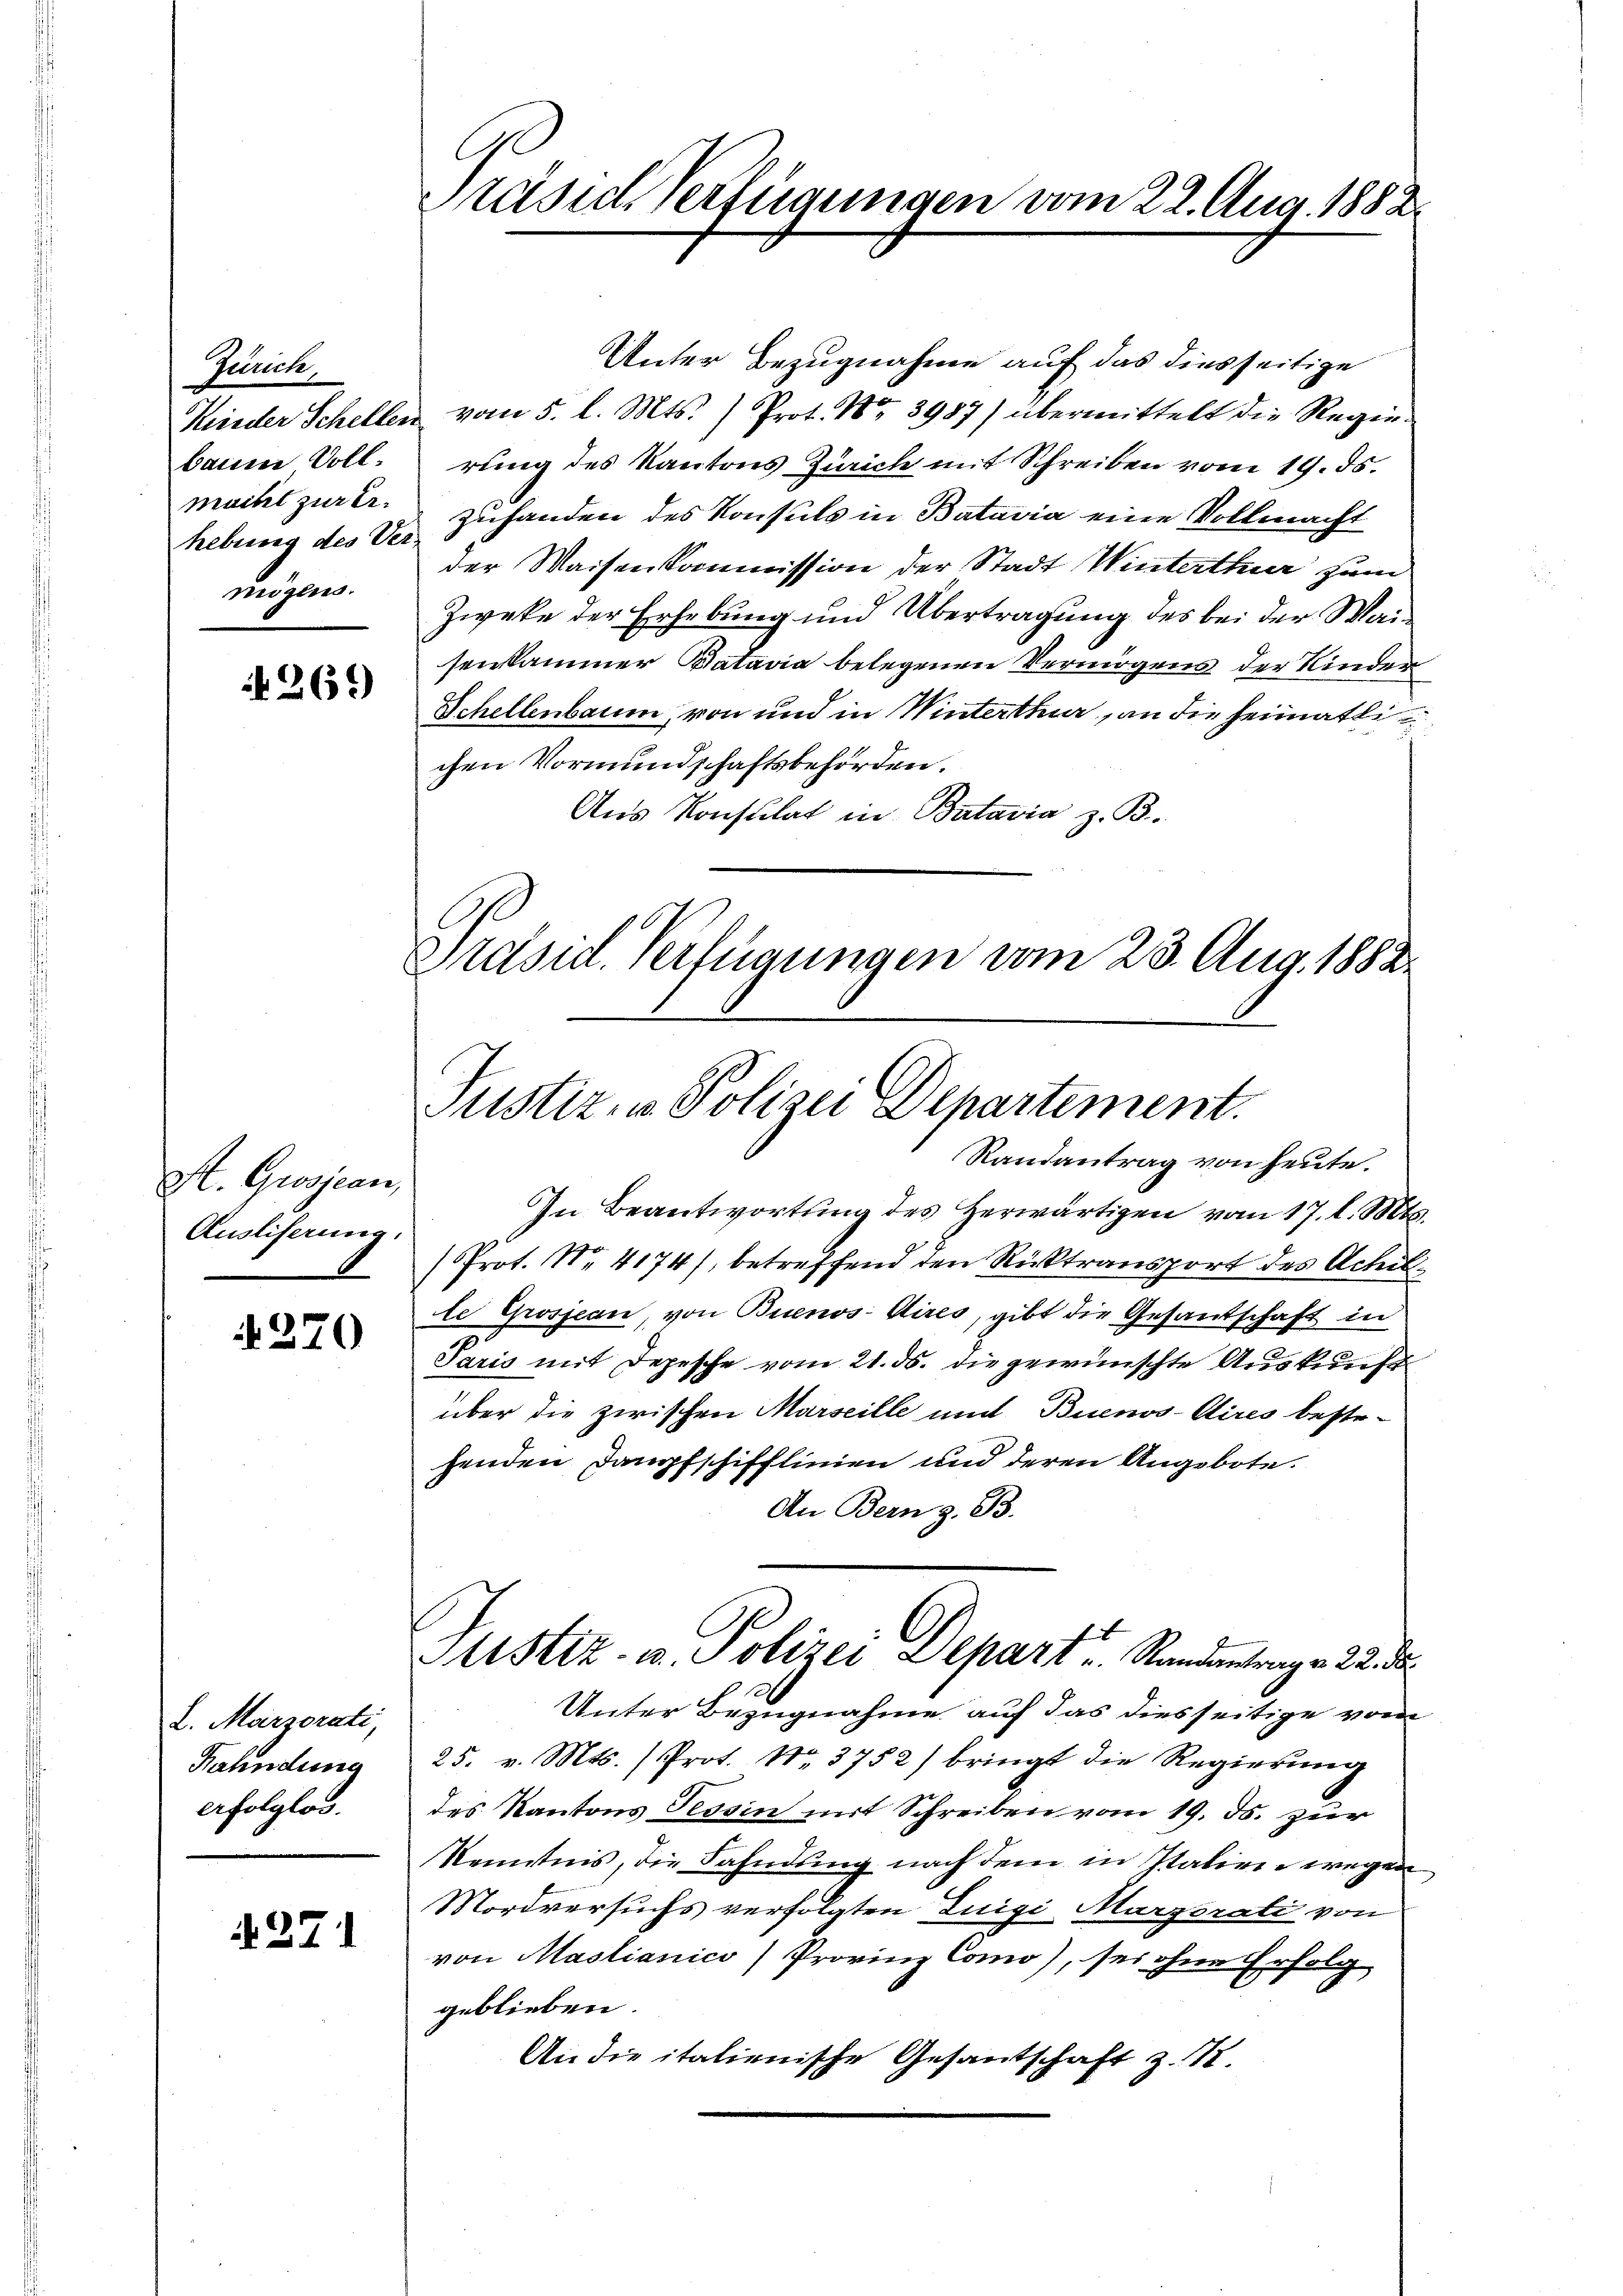
Zürich,
baine Vollhebung des Vermögens.

N 269

St. Grosjean,
Auslieferung.

4270

L. Marzorati,
Fahndung
erfolglos.

271

Präside Verfügungen vom 22. Aug. 1882

Justiz- u. Polizei Departement.
Randantrag von heute.

Unter Bezugnahme auf das diesseitige
Kinder Schellen vom 5. l. Mts. ) Prot. Nr. 3987) übermittelt die Regie
rung des Kantons Zürich mit Schreiben vom 19. ds.
macht zurer Zuhanden des Konsuls in Batavia eine Vollmacht
der Waisenkommission der Stadt Winterthur zum
Zweke der Erhebung und Übertragung des bei der Waisenkammer Batavia belegenen Vermögens der Kinder
Schellenbaum, von und in Winterthur, an die heimatlichen Vormundschaftsbehörden.
Aus Konsulat in Batavia z. B.
Präsid. Verfügungen vom 23. Aug. 1882.

Sistiz- u. Polizei Depart u. Standantrage Land

In Beantwortung des Herwärtigen vom 17. l. Mts.
Prot. No. 4174), betreffend den Rücktransport des Achille Grosjean, von Buenos-Aires, gibt die Gesandschaft in
Paris mit Depesche vom 21. ds. die gewünschte Auskunft
über die zwischen Marseille und Buenos-Aires bestehenden Dampfschifflinien und deren Angebote.
An Bern z. B.
Unter Bezugnahme auf das diesseitige vom
25. v. Mts. (Prot. Nr. 3752) bringt die Regierung
des Kantons Tessin mit Schreiben vom 19. ds. zur
Kenntnis, die Fahndung nach dem in Italien wegen
Mordversuchs verfolgten Luigi Marzorati von
von Mastianico) Provinz Como), sei ohne Erfolg
geblieben.
An die italienische Gesantschaft z. B.